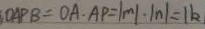
O A P B = O A \cdot A P = \vert m \vert \cdot \vert n \vert = 1 k